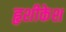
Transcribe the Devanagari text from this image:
हृशीकेश